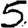
Digit: 5